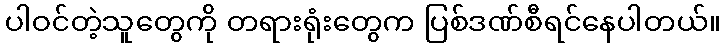
ပါဝင်တဲ့သူတွေကို တရားရုံးတွေက ပြစ်ဒဏ်စီရင်နေပါတယ်။